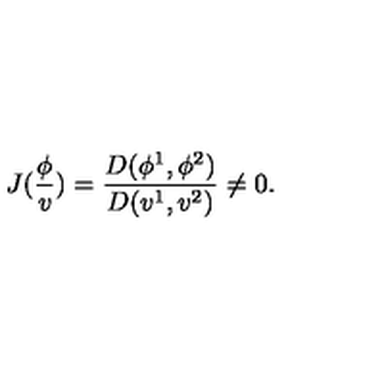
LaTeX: J ( \frac \phi v ) = \frac { D ( \phi ^ { 1 } , \phi ^ { 2 } ) } { D ( v ^ { 1 } , v ^ { 2 } ) } \neq 0 .